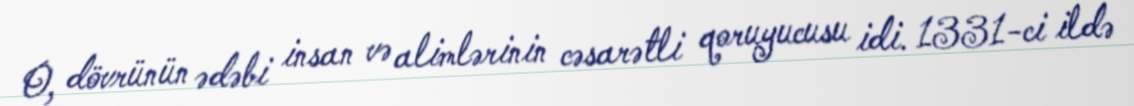
O, dövrünün ədəbi insan və alimlərinin cəsarətli qoruyucusu idi. 1331-ci ildə